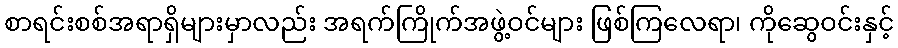
စာရင်းစစ်အရာရှိများမှာလည်း အရက်ကြိုက်အဖွဲ့ဝင်များ ဖြစ်ကြလေရာ၊ ကိုဆွေဝင်းနှင့်